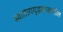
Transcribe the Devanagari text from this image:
स्वातंत्र्ययुद्धकाळातील